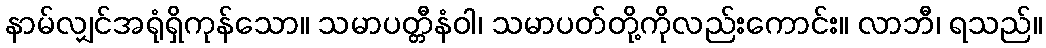
နာမ်လျှင်အရုံရှိကုန်သော။ သမာပတ္တီနံဝါ၊ သမာပတ်တို့ကိုလည်းကောင်း။ လာဘီ၊ ရသည်။